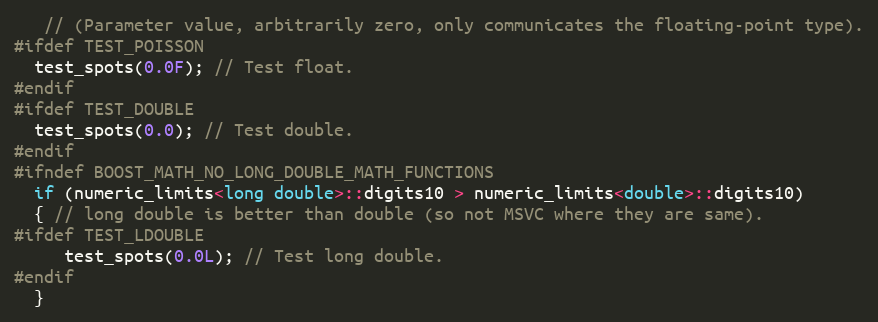
Language: C++
   // (Parameter value, arbitrarily zero, only communicates the floating-point type).
#ifdef TEST_POISSON
  test_spots(0.0F); // Test float.
#endif
#ifdef TEST_DOUBLE
  test_spots(0.0); // Test double.
#endif
#ifndef BOOST_MATH_NO_LONG_DOUBLE_MATH_FUNCTIONS
  if (numeric_limits<long double>::digits10 > numeric_limits<double>::digits10)
  { // long double is better than double (so not MSVC where they are same).
#ifdef TEST_LDOUBLE
     test_spots(0.0L); // Test long double.
#endif
  }